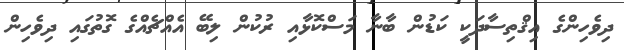
ދިވެހިންގެ އިޤްތިސާދަކީ ކަޑުން ބާނާ މަސްކޮޅާއި ރުކުން ލިބޭ އެއްޗެއްގެ ގޮތުގައި ދިވެހިން